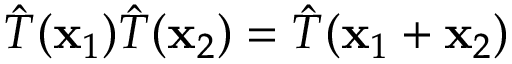
{ \hat { T } } ( \mathbf { x } _ { 1 } ) { \hat { T } } ( \mathbf { x } _ { 2 } ) = { \hat { T } } ( \mathbf { x } _ { 1 } + \mathbf { x } _ { 2 } )